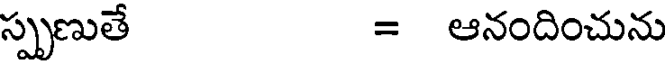
స్పృణుతే = ఆనందించును